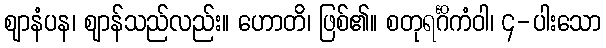
ဈာနံပန၊ ဈာန်သည်လည်း။ ဟောတိ၊ ဖြစ်၏။ စတုရင်္ဂိကံဝါ၊ ၄-ပါးသော